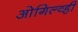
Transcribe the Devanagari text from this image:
ओगिल्व्ही